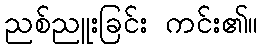
ညစ်ညူးခြင်း ကင်း၏။